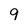
Character: 9